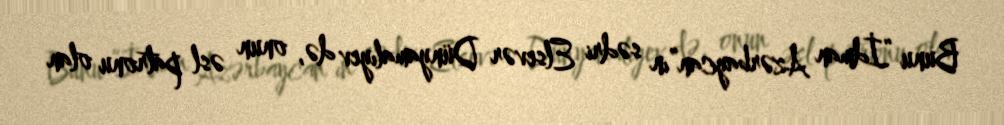
Bunu “İdman Azərbaycan”ın sədri Elsevər Dünyamalıyev də, onun əsl patronu olan